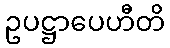
ဥပဋ္ဌာပေဟီတိ